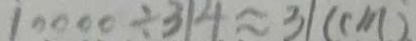
1 0 0 0 0 \div 3 1 4 \approx 3 1 ( c m )